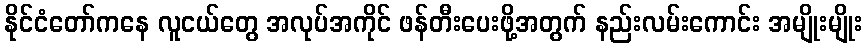
နိုင်ငံတော်ကနေ လူငယ်တွေ အလုပ်အကိုင် ဖန်တီးပေးဖို့အတွက် နည်းလမ်းကောင်း အမျိုးမျိုး